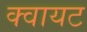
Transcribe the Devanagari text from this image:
क्वायट